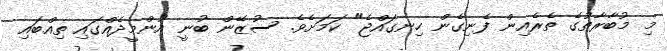
މި މުބާރާތުގެ ތެރެއިން ފެނިގެން ހިނގައްޖެ" ކަމަށެވެ. ސުޒޭން ބުނީ އުންމީދެއްގައި ތިއްބައި